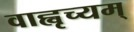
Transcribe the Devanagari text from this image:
वाह्वृच्यम्